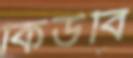
কিউবি